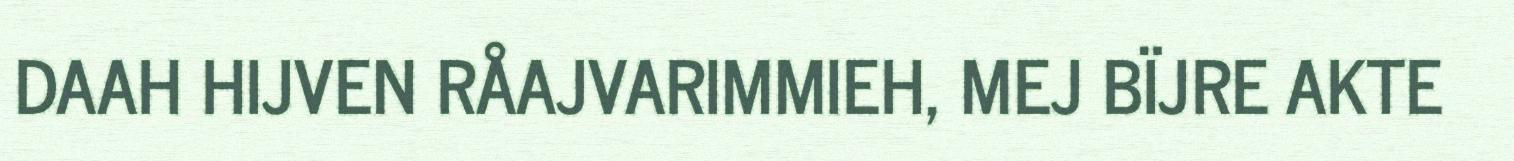
DAAH HIJVEN RÅAJVARIMMIEH, MEJ BÏJRE AKTE